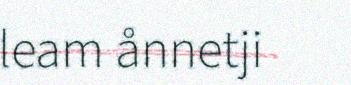
leam ånnetji